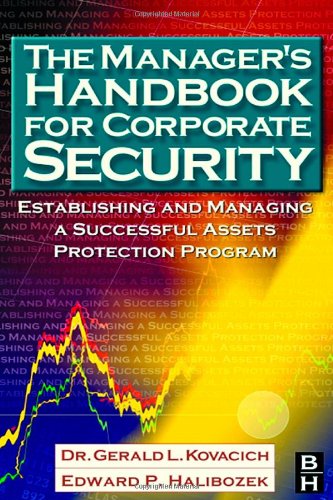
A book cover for The Manager's Handbook for Corporate Security: Establishing and Managing a Successful Assets Protection Program; Gerald L. Kovacich CFE  CPP  CISSP; Business & Money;